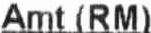
AMT (RM)